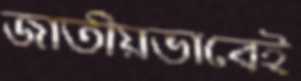
জাতীয়ভাবেই